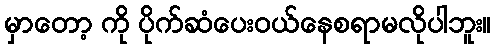
မှာတော့ ကို ပိုက်ဆံပေးဝယ်နေစရာမလိုပါဘူး။